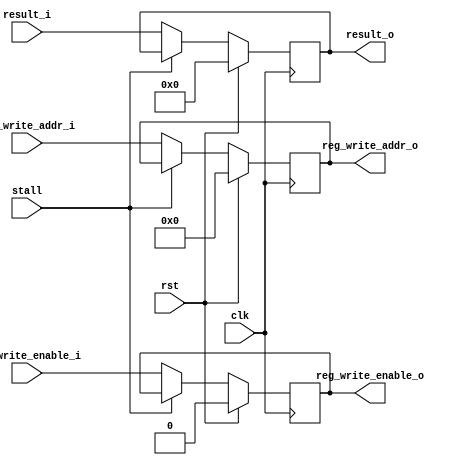
module mem_wb (
	input wire clk,
	input wire rst,
	input wire[63:0] result_i,
	input wire[4:0] reg_write_addr_i,
	input wire reg_write_enable_i,
	input wire stall,
	output reg[63:0] result_o,
	output reg[4:0] reg_write_addr_o,
	output reg reg_write_enable_o
);

	always @(posedge clk) begin
		if (rst == 1'b1) begin
			result_o <= 64'b0;
			reg_write_addr_o <= 5'b0;
			reg_write_enable_o <= 1'b0;
		end else if (stall != 1'b1) begin
			result_o <= result_i;
			reg_write_addr_o <= reg_write_addr_i;
			reg_write_enable_o <= reg_write_enable_i;
		end	
	end

endmodule